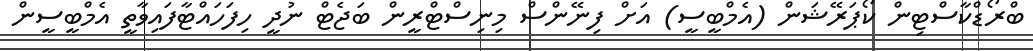
ބްރޯޑްކާސްޓިން ކޯޕަރޭޝަން (އެމްބީސީ) އަށް ފިނޭންސް މިނިސްޓްރީން ބަޖެޓް ނުދީ ހިފަހައްޓާފައިވާތީ އެމްބީސީން